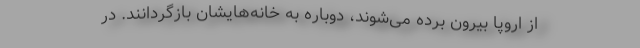
از اروپا بیرون برده می‌شوند، دوباره به خانه‌هایشان بازگردانند. در